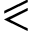
\eqslantless